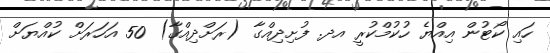
ހައި ކޯޓުން އިއްޔެ ހުކުމްކުރީ އދ. ފުށިދިއްގާ (ރަށްދިއްގާ) 50 އަހަރަށް ކުއްޔަށް